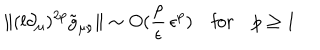
LaTeX: \| ( l \partial _ { \mu } ) ^ { 2 p } \tilde { g } _ { \mu \nu } \| \sim O ( \frac { \rho } { \epsilon } \, \epsilon ^ { p } ) \quad \mathrm { f o r } \quad p \ge 1